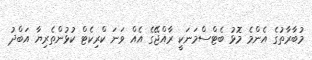
މުބާރާތުގެ އެންމެ މޮޅު ބެޓްސްމަނަކީ ރާއްޖޭގެ އެއް ވަނަ ކްރިކެޓް ކުޅުންތެރިޔާ އަބްދު